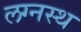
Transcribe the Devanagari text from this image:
लग्नस्थ